Annual report of the Civil Veterinary Department, Bengal, and of the Bengal Veterinary College for the year 1906-1907 - 1906-1907
Year: 1906
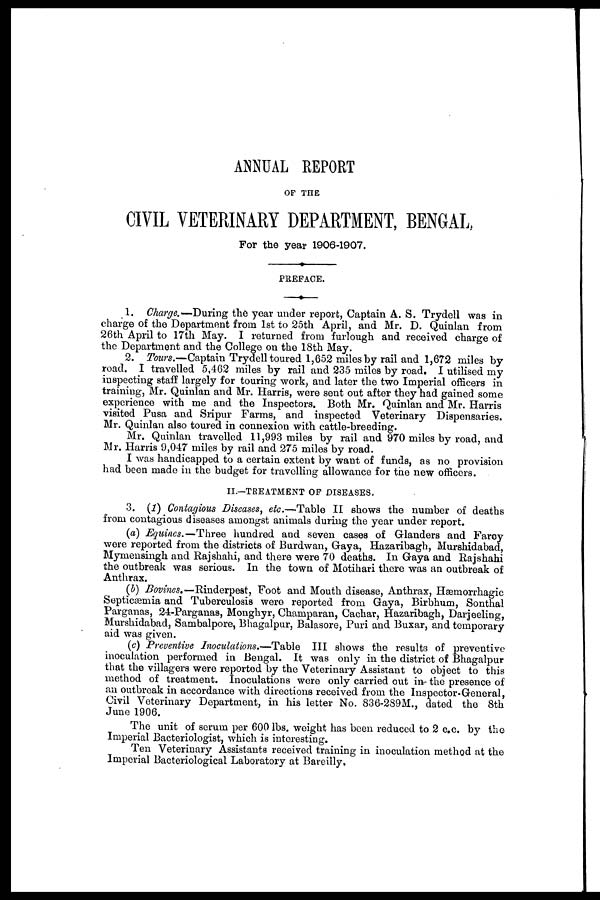
ANNUAL REPORT
OF THE
CIVIL VETERINARY DEPARTMENT, BENGAL.
For the year 1906-1907.
PREFACE.
1. Charge.— During the year under report, Captain A. S. Trydell was in
charge of the Department from 1st to 25th April, and Mr. D. Quinlan from
26th April to 17th May. I returned from furlough and received charge of
the Department and the College on the 18th May.
2. Tours.—Captain Trydell toured 1,652 miles by rail and 1,672 miles by
road. I travelled 5,462 miles by rail and 235 miles by road. I utilised my
inspecting staff largely for touring work, and later the two Imperial officers in
training, Mr. Quinlan and Mr. Harris, were sent out after they had gained some
experience with me and the Inspectors. Both Mr. Quinlan and Mr. Harris
visited Pusa and Sripur Farms, and inspected Veterinary Dispensaries.
Mr. Quinlan also toured in connexion with cattle-breeding.
Mr. Quinlan travelled 11,993 miles by rail and 970 miles by road, and
Mr. Harris 9,047 miles by rail and 275 miles by road.
I was handicapped to a certain extent by want of funds, as no provision
had been made in the budget for travelling allowance for the new officers.
II.—TREATMENT OF DISEASES,
3. (1) Contagious Diseases, etc.—Table II shows the number of deaths
from contagious diseases amongst animals during the year under report.
(a) Equines.—Three hundred and seven cases of Glanders and Farcy
were reported from the districts of Burdwan, Gaya, Hazaribagh, Murshidabad,
Mymensingh and Rajshahi, and there were 70 deaths. In Gaya and Rajshahi
the outbreak was serious. In the town of Motihari there was an outbreak of
Anthrax.
(b) Bovines.—Rinderpest, Foot and Mouth disease, Anthrax, Hæmorrhagic
Septicæmia and Tuberculosis were reported from Gaya, Birbhum, Sonthal
Parganas, 24-Parganas, Monghyr, Champaran, Cachar, Hazaribagh, Darjeeling,
Murshidabad, Sambalpore, Bhagalpur, Balasore, Puri and Buxar, and temporary
aid was given.
(c) Preventive Inoculations.—Table III shows the results of preventive
inoculation performed in Bengal. It was only in the district of Bhagalpur
that the villagers were reported by the Veterinary Assistant to object to this
method of treatment. Inoculations were only carried out in the presence of
an outbreak in accordance with directions received from the Inspector-General,
Civil Veterinary Department, in his letter No. 836-289M., dated the 8th
June 1906.
The unit of serum per 600 lbs. weight has been reduced to 2 c.c. by the
Imperial Bacteriologist, which is interesting.
Ten Veterinary Assistants received training in inoculation method at the
Imperial Bacteriological Laboratory at Bareilly.